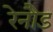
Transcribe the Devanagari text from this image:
रेनौड